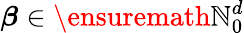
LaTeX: {\boldsymbol{\beta}}\in\ensuremath{\mathbb{N}}_{0}^{d}